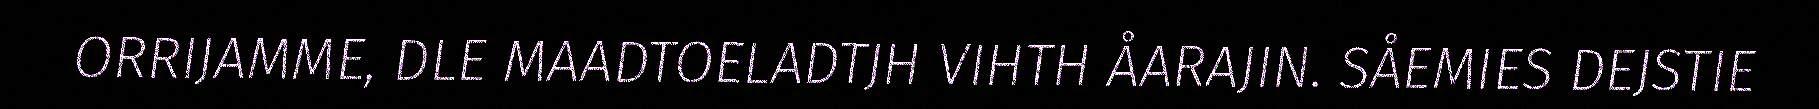
ORRIJAMME, DLE MAADTOELADTJH VIHTH ÅARAJIN. SÅEMIES DEJSTIE